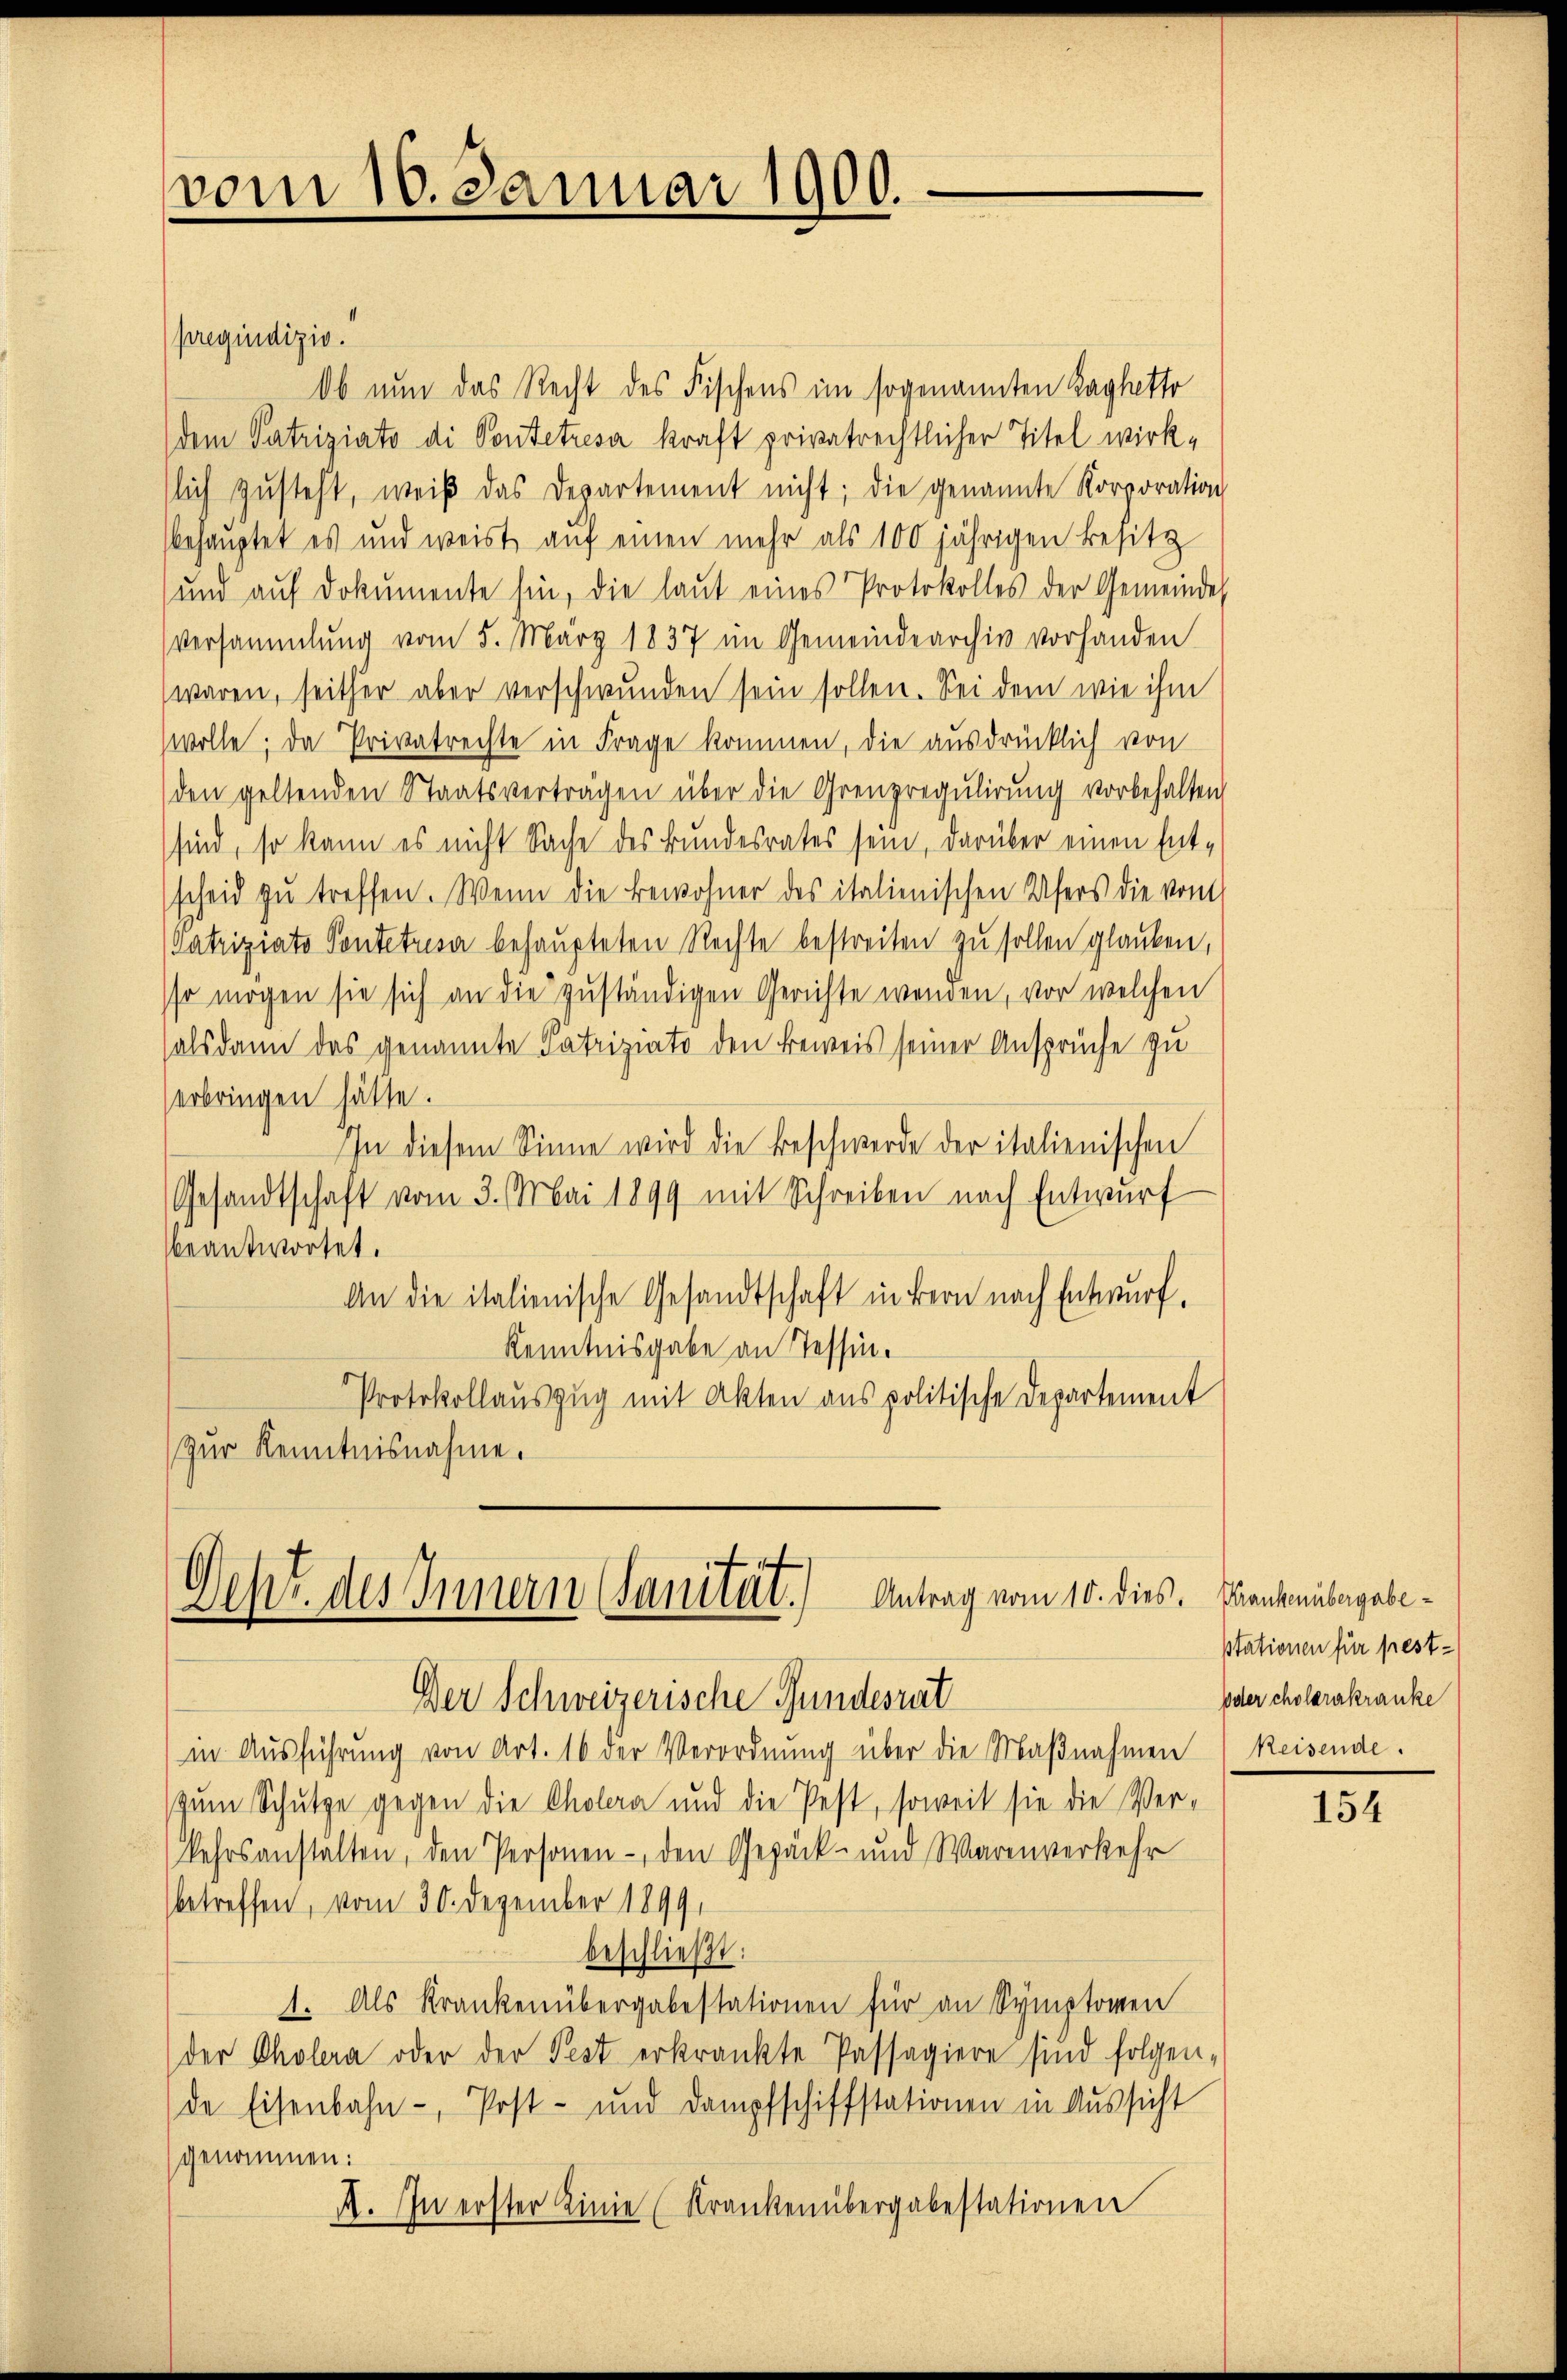
vom 10. Januar 1900.
e

pregiudizio.
Ob nun das Recht des Fischens im sogenannten Laglettr
dem Patriziato di Pontetresa kraft privatrechtlicher Titel wirklich zŭsteht, weiß das Departement nicht; die genannte Korporation
behauptet es und weist auf einen mehr als 100 jährigen Besitz
und auf Dokumente hin, die laut eines Protokolles der Gemeinde
Versammlung vom 5. März 1837 im Gemeindearchiv vorhanden
waren, seither aber verschwunden sein sollen. Sei dem wie ihm
wolle; da Privatrechte in Frage kommen, die ausdrücklich von
den geltenden Staatsverträgen über die Grenzregulirung vorbehalten
sind, so kann es nicht Sache des Bundesrates sein, darüber einen Ent-
scheid zu treffen. Wenn die Bewohner des italienischen Ufers die vom
(Patriziato Pontetrisa behaupteten Rechte bestreiten zu sollen glauben,
sso mögen sie sich an die zuständigen Gerichte wenden, vor welchen
salsdann das genannte Patriziato den Beweis seiner Ansprüche zu
erbringen hätte.
In diesem Sinne wird die Beschwerde der italienischen
Gesandtschaft vom 3. Mai 1899 mit Schreiben nach Entwurf
beantwortet.
An die italienische Gesandtschaft in Bern nach Entwurf.
Kenntnisgabe an Tessin.
Protokollauszug mit Akten aus politische Departement
zur Kenntnisnahme.

Oehr. des Innern (Sanität.) Antrag vom 10. dies. Frankenubagabe¬
Der Schweizerische Gundesrat

in Ausführung von Art. 16 der Verordnung über die Maßnahmen Reisende.
zum Schutze gegen die Cholera und die Pest, soweit sie die Ver-
kehrsanstalten, den Personen-, den Gepäck- und Warenverkehr
betreffen, vom 30. Dezember 1899.
beschließt:
1. Als Krankenübergabestationen für an Symptomen
der Cholera oder der Pest erkränkte Passagiere sind folgen-
de Eisenbahn-, Post- und Dampfschiffstationen in Aussicht
genommen:
A. In erster Linie (Krankenübergabestationen

stationen für fest¬
oder cholerakranke

154